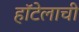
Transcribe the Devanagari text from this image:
हॉटेलाची